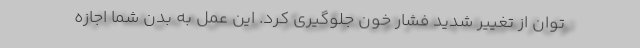
توان از تغییر شدید فشار خون جلوگیری کرد. این عمل به بدن شما اجازه